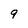
Character: 9